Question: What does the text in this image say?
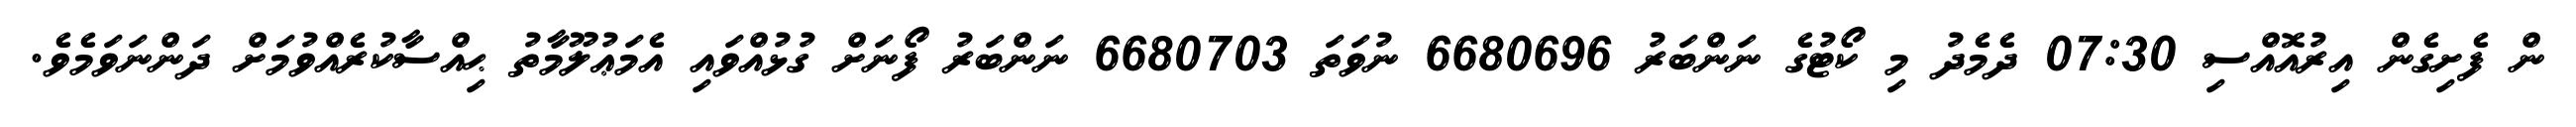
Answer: ން ފެށިގެން އިރުއޮއްސި 07:30 ދެމެދު މި ކޯޓުގެ ނަންބަރު 6680696 ނުވަތަ 6680703 ނަންބަރު ފޯނަށް ގުޅުއްވައި އެމަޢުލޫމާތު ޙިއްސާކުރެއްވުމަށް ދަންނަވަމެވެ.